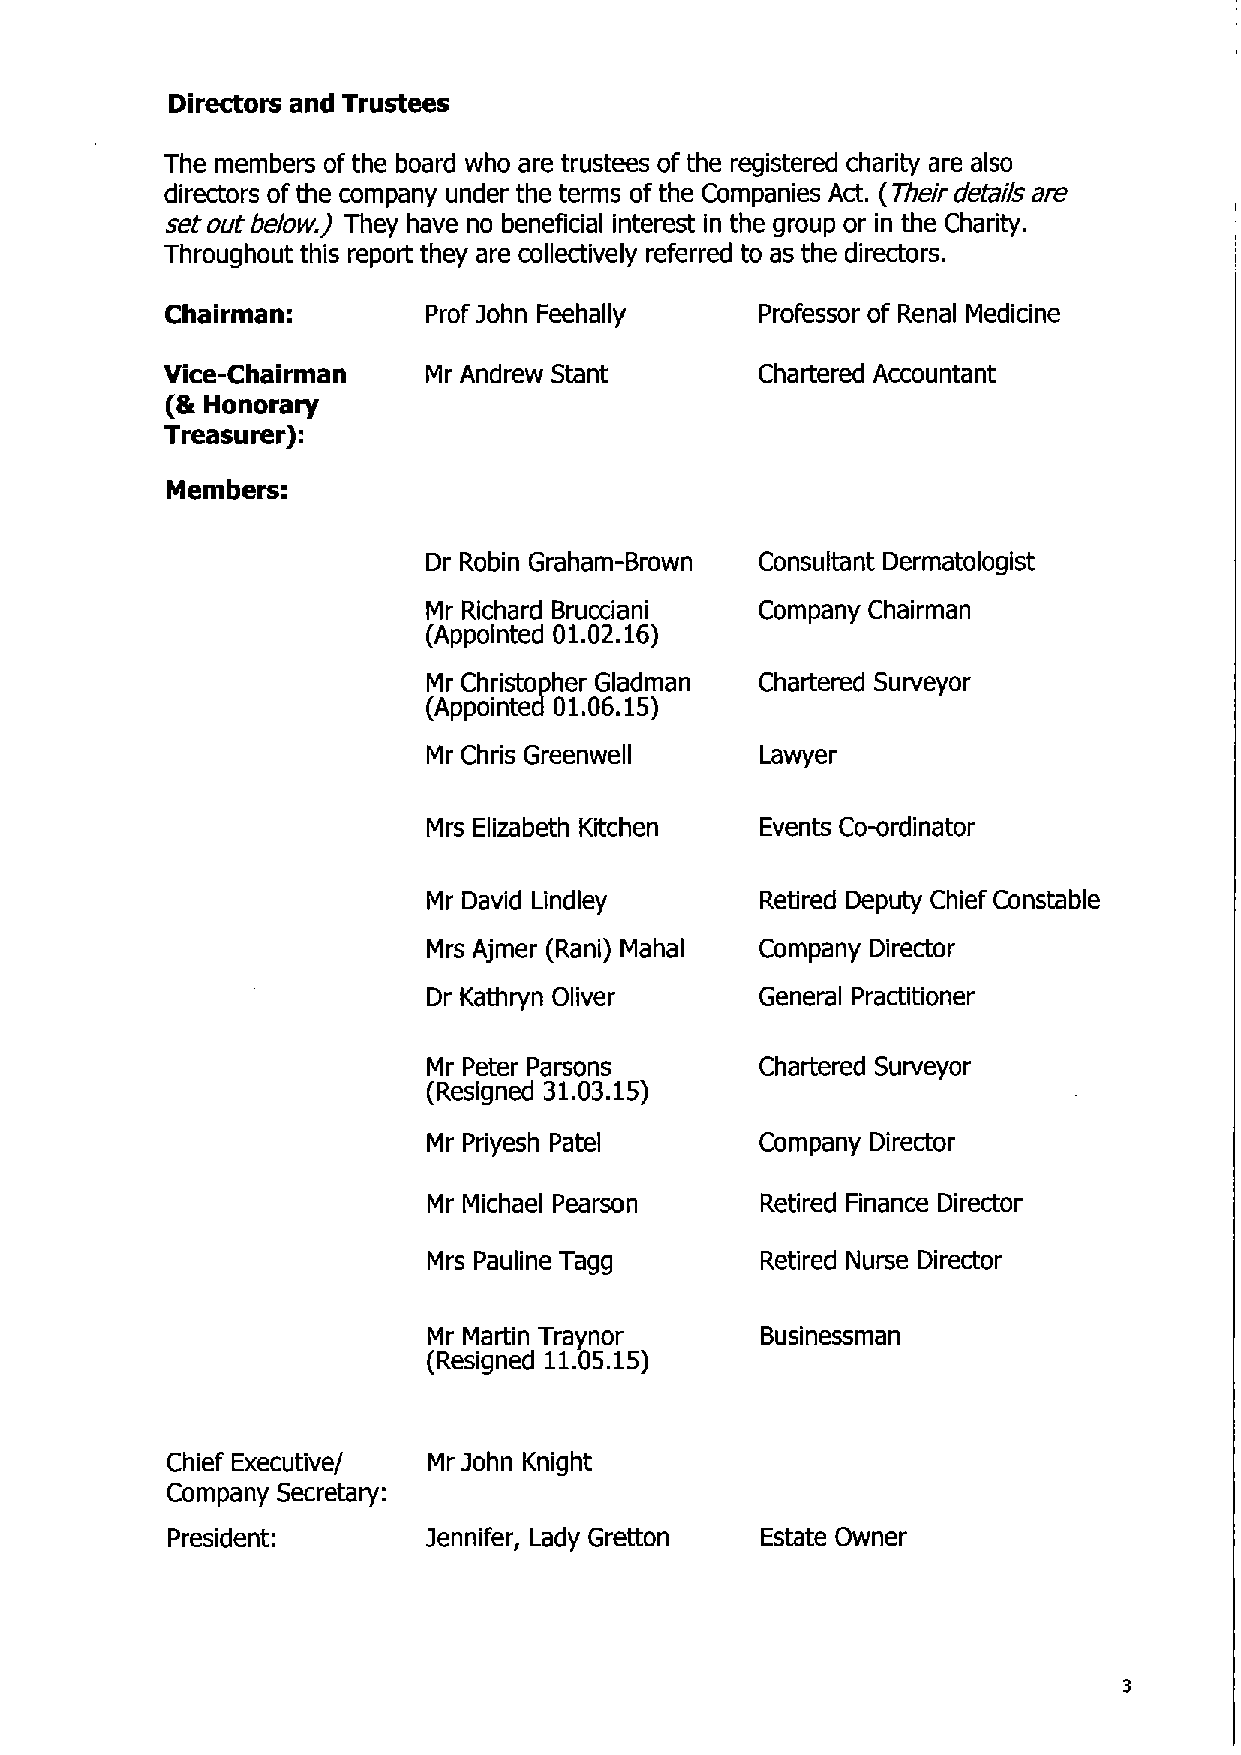
Directors and Trustees
 The members ofthe board who are trustees of the registered charity are also
 directors ofthe company under the terms of the Companies Act. (Their details are
 set out below) They have no beneficial interest in the group or in the Charity.
 Throughout this report they are collectively referred to as the directors.
 Chairman:        Prof John Feehally    Professor of Renal Medicine
 Vice-Chairman    Mr Andrew Stant       Chartered Accountant
 (8 Honorary
 Treasurer):
 Members:
 Dr Robin Graham-Brown Consultant Dermatologist
 Mr Richard Brucciani  Company Chairman
 (Appointed
 01.02.16)
 Mr Christopher Gladman Chartered Surveyor
 (Appointed
 01.06.15)
 Mr Chris Greenwell    Lawyer
 Mrs Elizabeth Kitchen Events Co-ordinator
 Mr David Lindley      Retired Deputy Chief Constable
 Mrs Ajmer (Rani) Mahal Company Director
 Dr Kathryn Oliver     General Practitioner
 Mr Peter Parsons      Chartered Surveyor
 (Resigned
 31.03.15)
 Mr Priyesh Patel      Company Director
 Mr Michael Pearson    Retired Finance Director
 Mrs Pauline Tagg      Retired Nurse Director
 Mr Martin Traynor     Businessman
 (Resigned
 11.05.15)
 Chief Executive/ Mr John Knight
 Company Secretary:
 President:       Jennifer, Lady Gretton Estate Owner